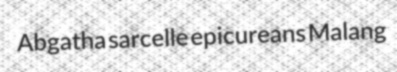
Abgatha sarcelle epicureans Malang